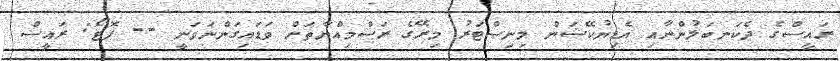
ރައީސްގެ ދެކަނބަލުންނާއި އެޑިޔުކޭޝަން މިނިސްޓަރު މިރޭގެ ރަސްމިއްޔާތަށް ވަޑައިގަންނަވަނީ -- ފޮޓޯ: ރައީސް